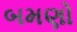
બમણો